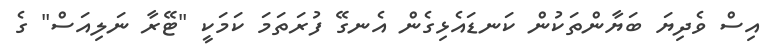
އިސް ވެދިޔަ ބަޔާންތަކުން ކަނޑައެޅިގެން އެނގޭ ފުރަތަމަ ކަމަކީ "ޓޭރާ ނަލިއަސް" ގެ